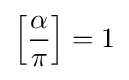
\left[{\frac {\alpha }{\pi }}\right]=1